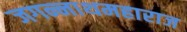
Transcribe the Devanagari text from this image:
जगन्नाथमहाराज